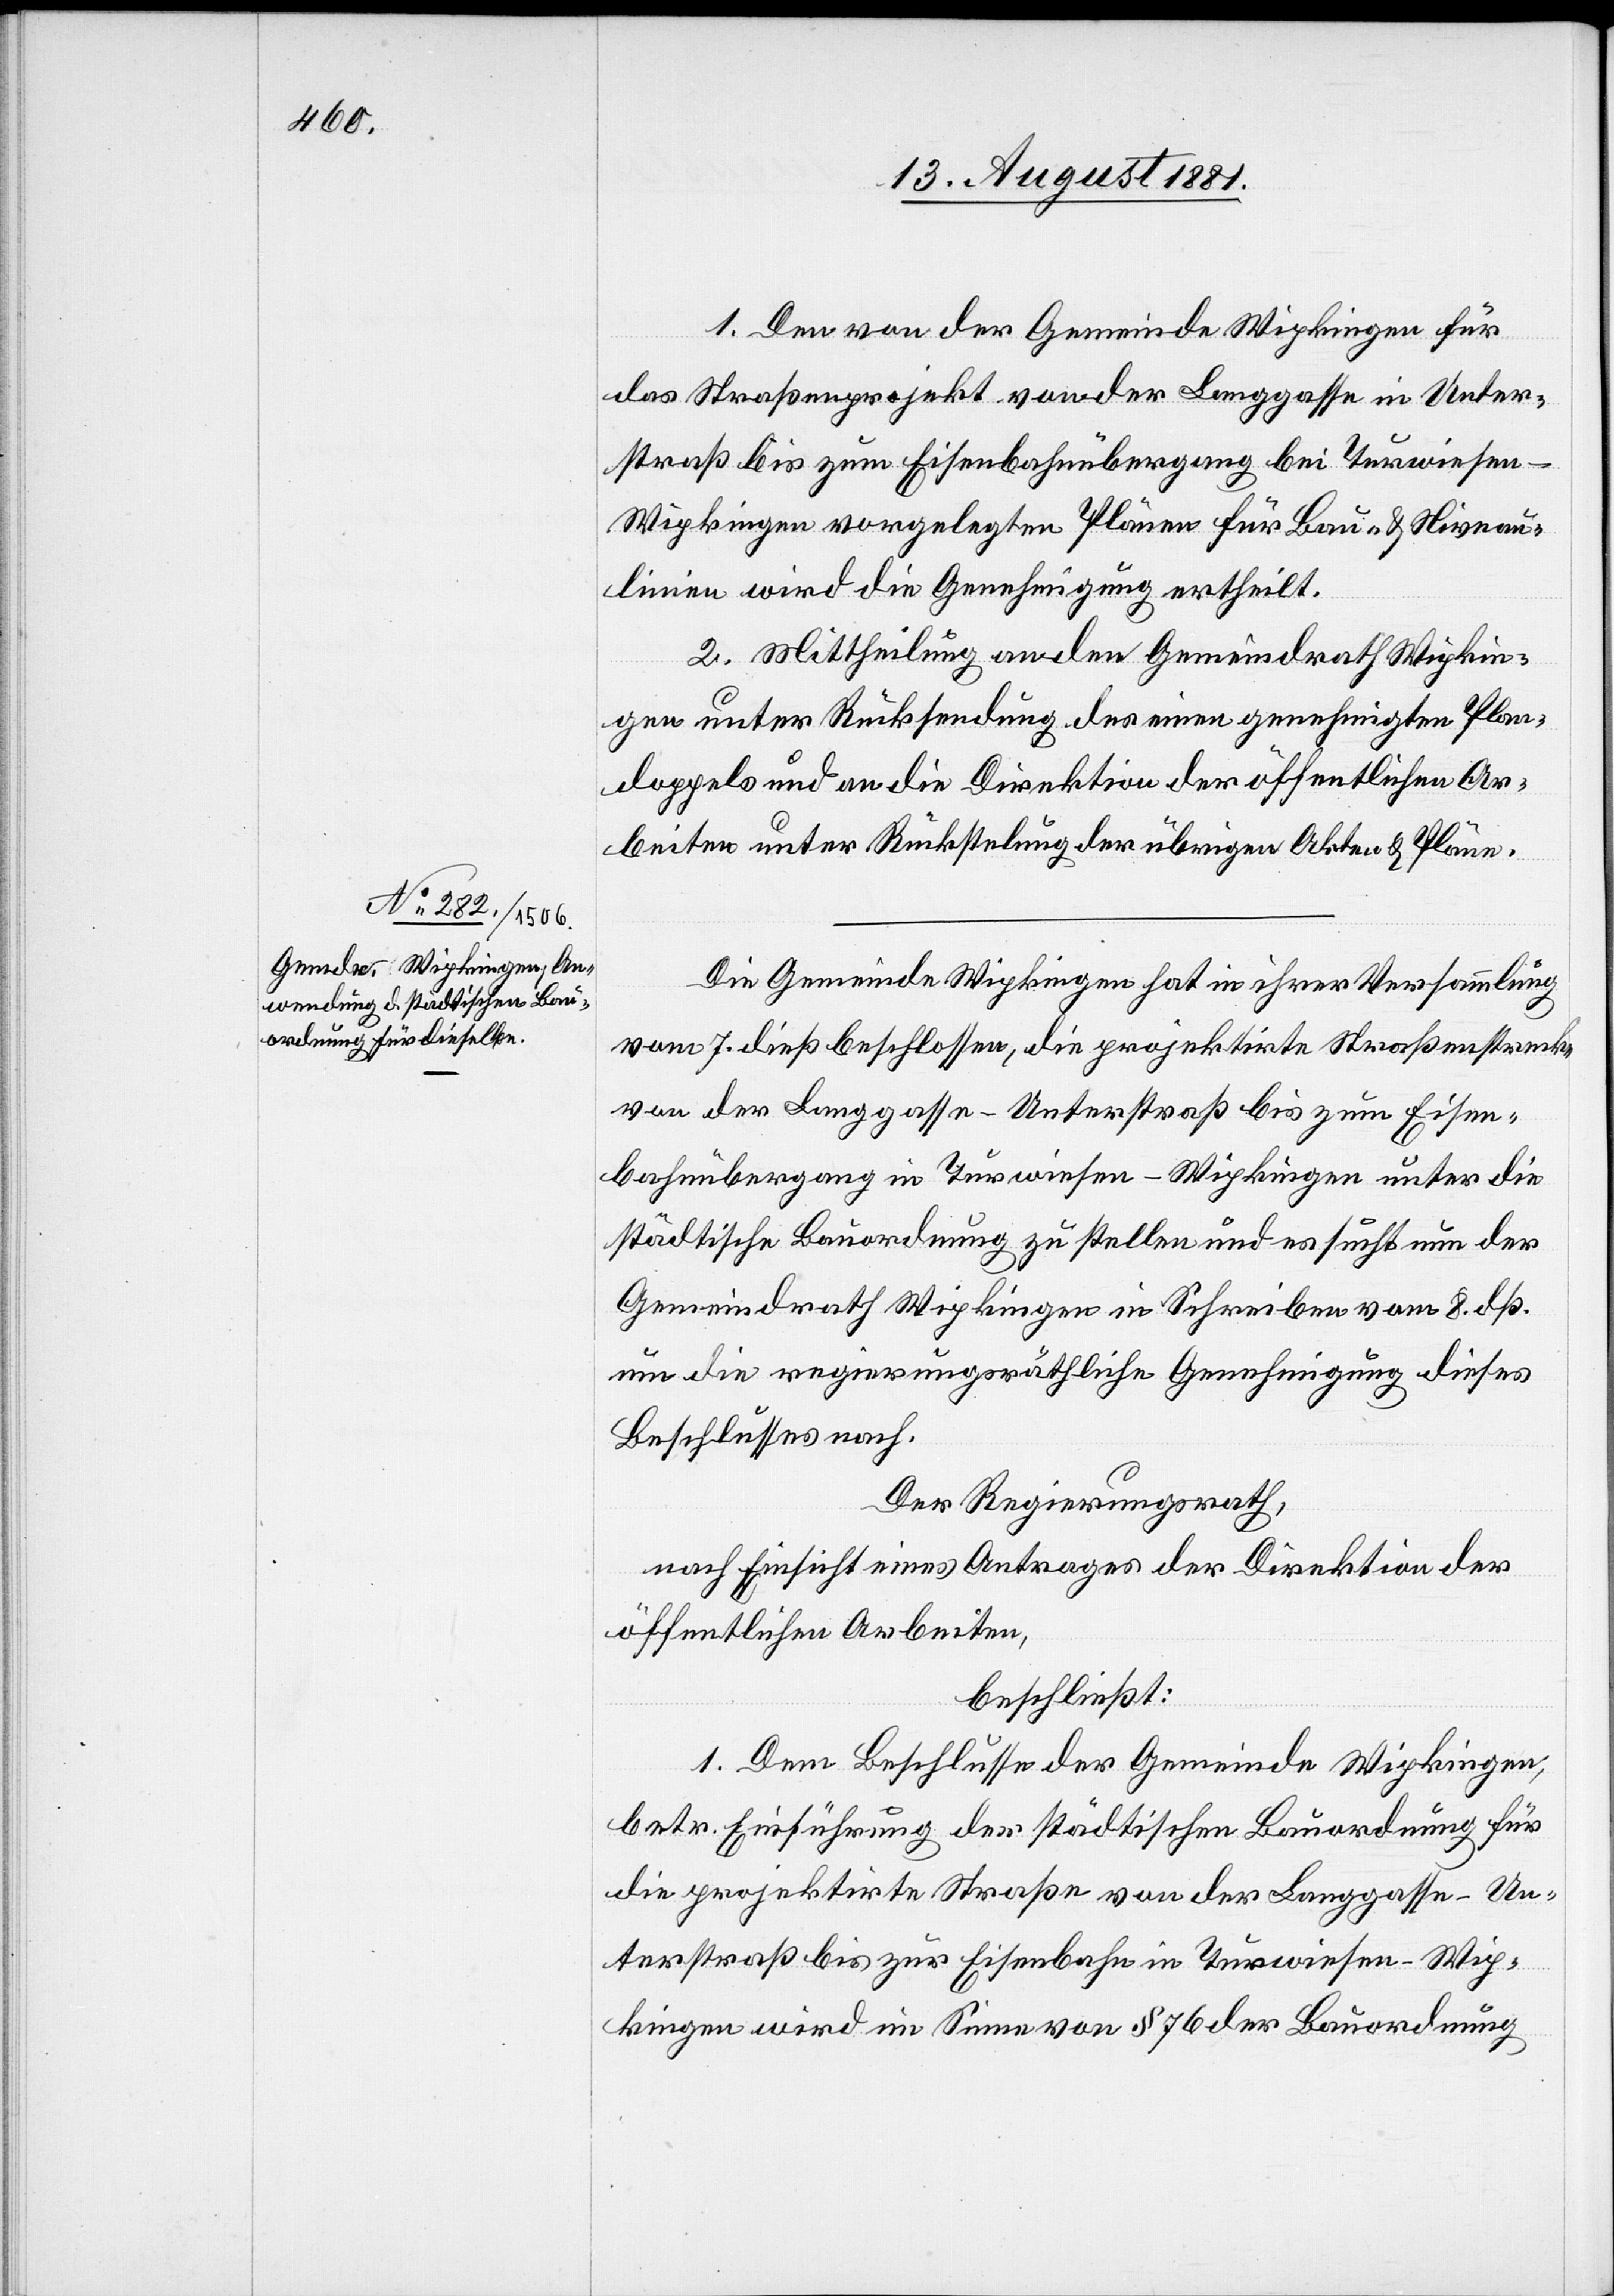
1. Den von der Gemeinde Wipkingen für
das Straßenprojekt von der Langgasse in Unter¬
straß bis zum Eisenbahnübergang bei Turwiesen
Wipkingen vorgelegten Pläne für Bau- & Niveau¬
linien wird die Genehmigung ertheilt.
2. Mittheilung an den Gemeindrath Wipkin¬
gen unter Rücksendung des einen genehmigten Plan¬
doppels und an die Direktion der öffentlichen Ar¬
beiten unter Rückstel[l]ung der übrigen Akten & Pläne.
Die Gemeinde Wipkingen hat in ihrer Versammlung
vom 7. dieß beschlossen, die projektirte Straßenstrecke
von der Langgasse – Unterstraß bis zum Eisen¬
bahnübergang in Turwiesen – Wipkingen unter die
städtische Bauordnung zu stellen und es sucht nun der
Gemeindrath Wipkingen in Schreiben vom 8. dß.
nun die regierungsräthliche Genehmigung dieses
Beschlusses nach.
Der Regierungsrath,
nach Einsicht eines Antrages der Direktion der
öffentlichen Arbeiten,
beschließt:
1. Dem Beschlusse der Gemeinde Wipkingen,
betr. Einführung der städtischen Bauordnung für
die projektirte Straße von der Langgasse – Un¬
terstraß bis zu Eisenbahn in Turwiesen – Wip¬
kingen wird im Sinne von § 76 der Bauordnung